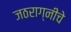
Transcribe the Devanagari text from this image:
जठराग्नीचे